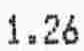
1.26